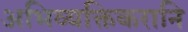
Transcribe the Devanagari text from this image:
अभिव्यक्तिकरानि